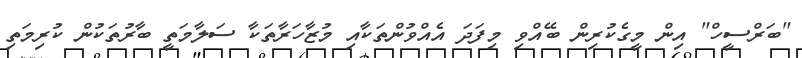
"ބަރްސީހް" އިން މީގެކުރިން ބޭއްވި މިފަދަ އެއްވުންތަކާއި މުޒާހަރާތަކާ ސަލާމަތީ ބާރުތަކުން ކުރިމަތި